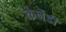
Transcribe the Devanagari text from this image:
केनेंडी